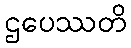
ဌပေဿတိ